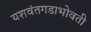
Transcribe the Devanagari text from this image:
यशवंतगडाभोवती